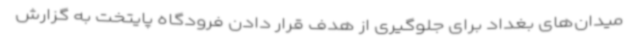
میدان‌های بغداد برای جلوگیری از هدف قرار دادن فرودگاه پایتخت به گزارش